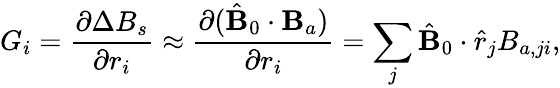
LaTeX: G_{i}=\frac{\partial\Delta B_{s}}{\partial r_{i}}\approx\frac{\partial{(\hat{\mathbf{B}}_{0}\cdot\mathbf{B}_{a})}}{\partial r_{i}}=\sum_{j}\hat{\mathbf{B}}_{0}\cdot\hat{r}_{j}B_{a,ji},